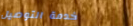
خدمة التوصيل